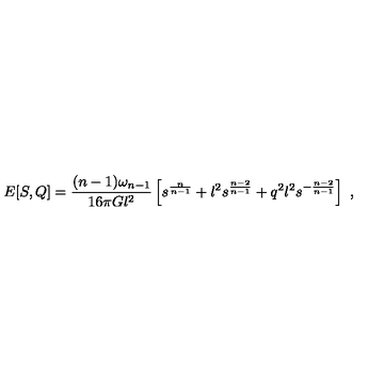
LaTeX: E [ S , Q ] = { \frac { ( n - 1 ) \omega _ { n - 1 } } { 1 6 \pi G l ^ { 2 } } } \left[ s ^ { \frac { n } { n - 1 } } + l ^ { 2 } s ^ { \frac { n - 2 } { n - 1 } } + q ^ { 2 } l ^ { 2 } s ^ { - { \frac { n - 2 } { n - 1 } } } \right] \ ,